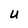
Character: U